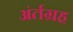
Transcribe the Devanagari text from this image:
अंर्तग्रह